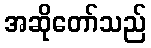
အဆိုတော်သည်